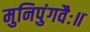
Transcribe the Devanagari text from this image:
मुनिपुंगवैः॥